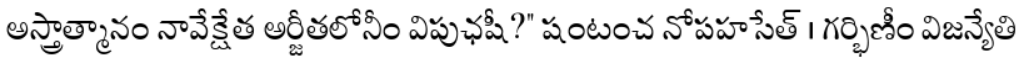
అస్త్రాత్మానం నావేక్షేత అర్జీతలోనీం విపుఛషీ?" షంటంచ నోపహసేత్ । గర్భిణీం విజన్యేతి